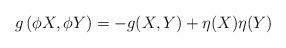
LaTeX: \begin{align*}g\left(\phi X, \phi Y\right) = -g(X, Y) + \eta(X)\eta(Y)\end{align*}